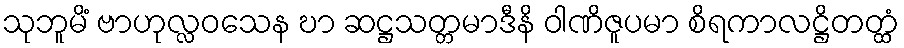
သုဘူမိံ ဗာဟုလ္လဝသေန ဎာ ဆဋ္ဌသတ္တမာဒီနိ ဝါဏိဇူပမာ စိရကာလဋ္ဌိတတ္ထံ